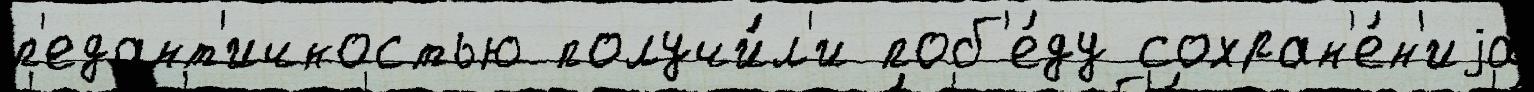
п'едант'ичностью получи́л'и поб'е́ду сохран'е́н'иjа